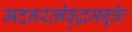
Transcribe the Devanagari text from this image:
मदनरत्नेवृद्धमनूक्तेः